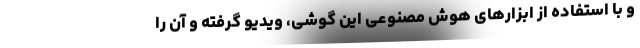
و با استفاده از ابزارهای هوش مصنوعی این گوشی، ویدیو گرفته و آن را